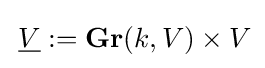
\,{\underline {V}}:=\mathbf {Gr} (k,V)\times V